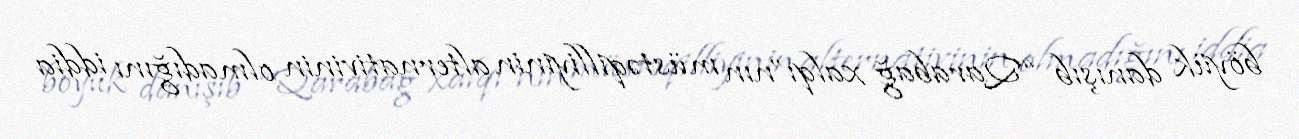
böyük danışıb “Qarabağ xalqı”nın müstəqilliyinin alternativinin olmadığını iddia